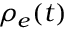
\rho _ { e } ( t )